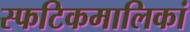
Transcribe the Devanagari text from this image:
स्फटिकमालिकां